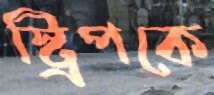
স্ট্রিপকে